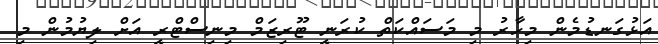
އަޅުގަނޑުމެން މިހާރު މި މަސައްކަތް ކުރަނީ ޓޫރިޒަމް މިނިސްޓްރީ އަށް ލިޔުމުން މި